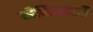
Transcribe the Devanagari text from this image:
रोमिकाओं